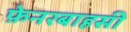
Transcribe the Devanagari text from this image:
फ़ेनरबाहसी